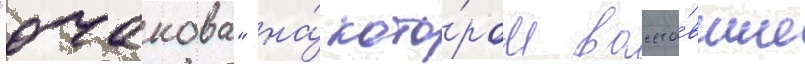
"очакова" на́ кото́ром восста́вшие